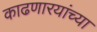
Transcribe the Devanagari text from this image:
काढणारयांच्या